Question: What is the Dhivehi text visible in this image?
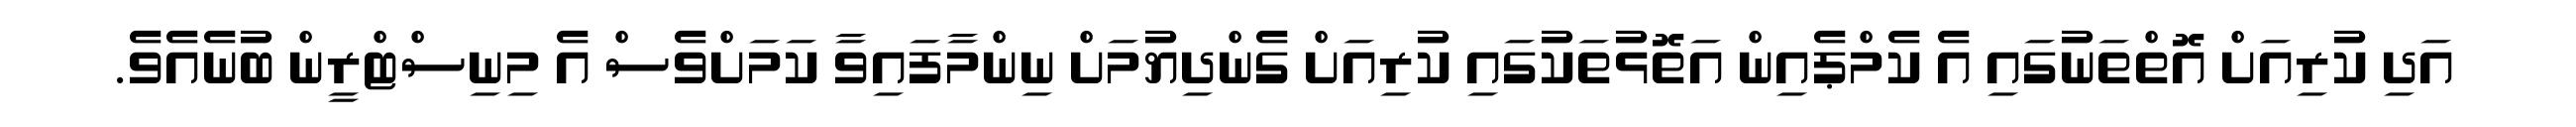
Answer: އަދި ކުރިއަށް އޮތްތަނުގައި އެ ކެމްޕެއިން އަތޮޅުތަކުގައި ކުރިއަށް ގެންދިޔުމަށް ނިންމާފައިވާ ކަމަށްވެސް އެ މިނިސްޓްރީން ބުނެއެވެ.